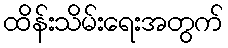
ထိန်းသိမ်းရေးအတွက်